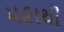
મહાથી